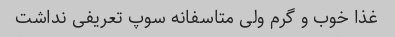
غذا خوب و گرم ولی متاسفانه سوپ تعریفی نداشت